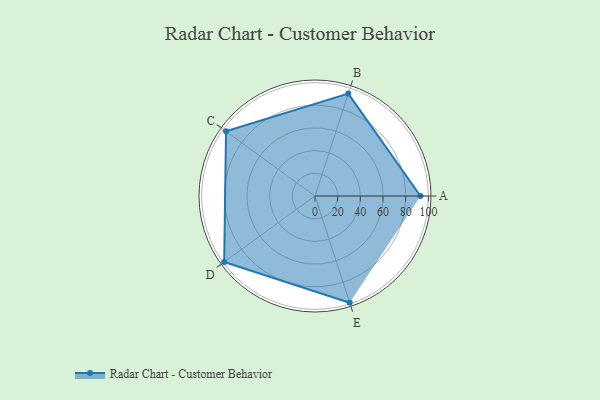
{"axis": {"x": "Skill", "y": "Score"}, "legend": ["Profile"], "data": [{"x": "A", "y": 93.0, "type": "Profile"}, {"x": "B", "y": 95.0, "type": "Profile"}, {"x": "C", "y": 97.0, "type": "Profile"}, {"x": "D", "y": 99, "type": "Profile"}, {"x": "E", "y": 99, "type": "Profile"}]}